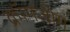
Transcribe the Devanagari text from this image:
क्रॉमज़ोम